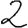
Digit: 2